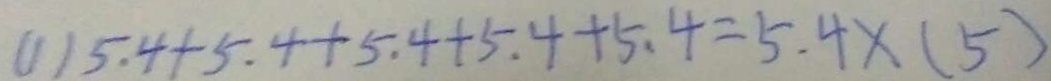
( 1 ) 5 . 4 + 5 . 4 + 5 . 4 + 5 . 4 + 5 . 4 = 5 . 4 \times ( 5 )